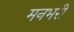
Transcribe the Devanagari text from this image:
मनभरी